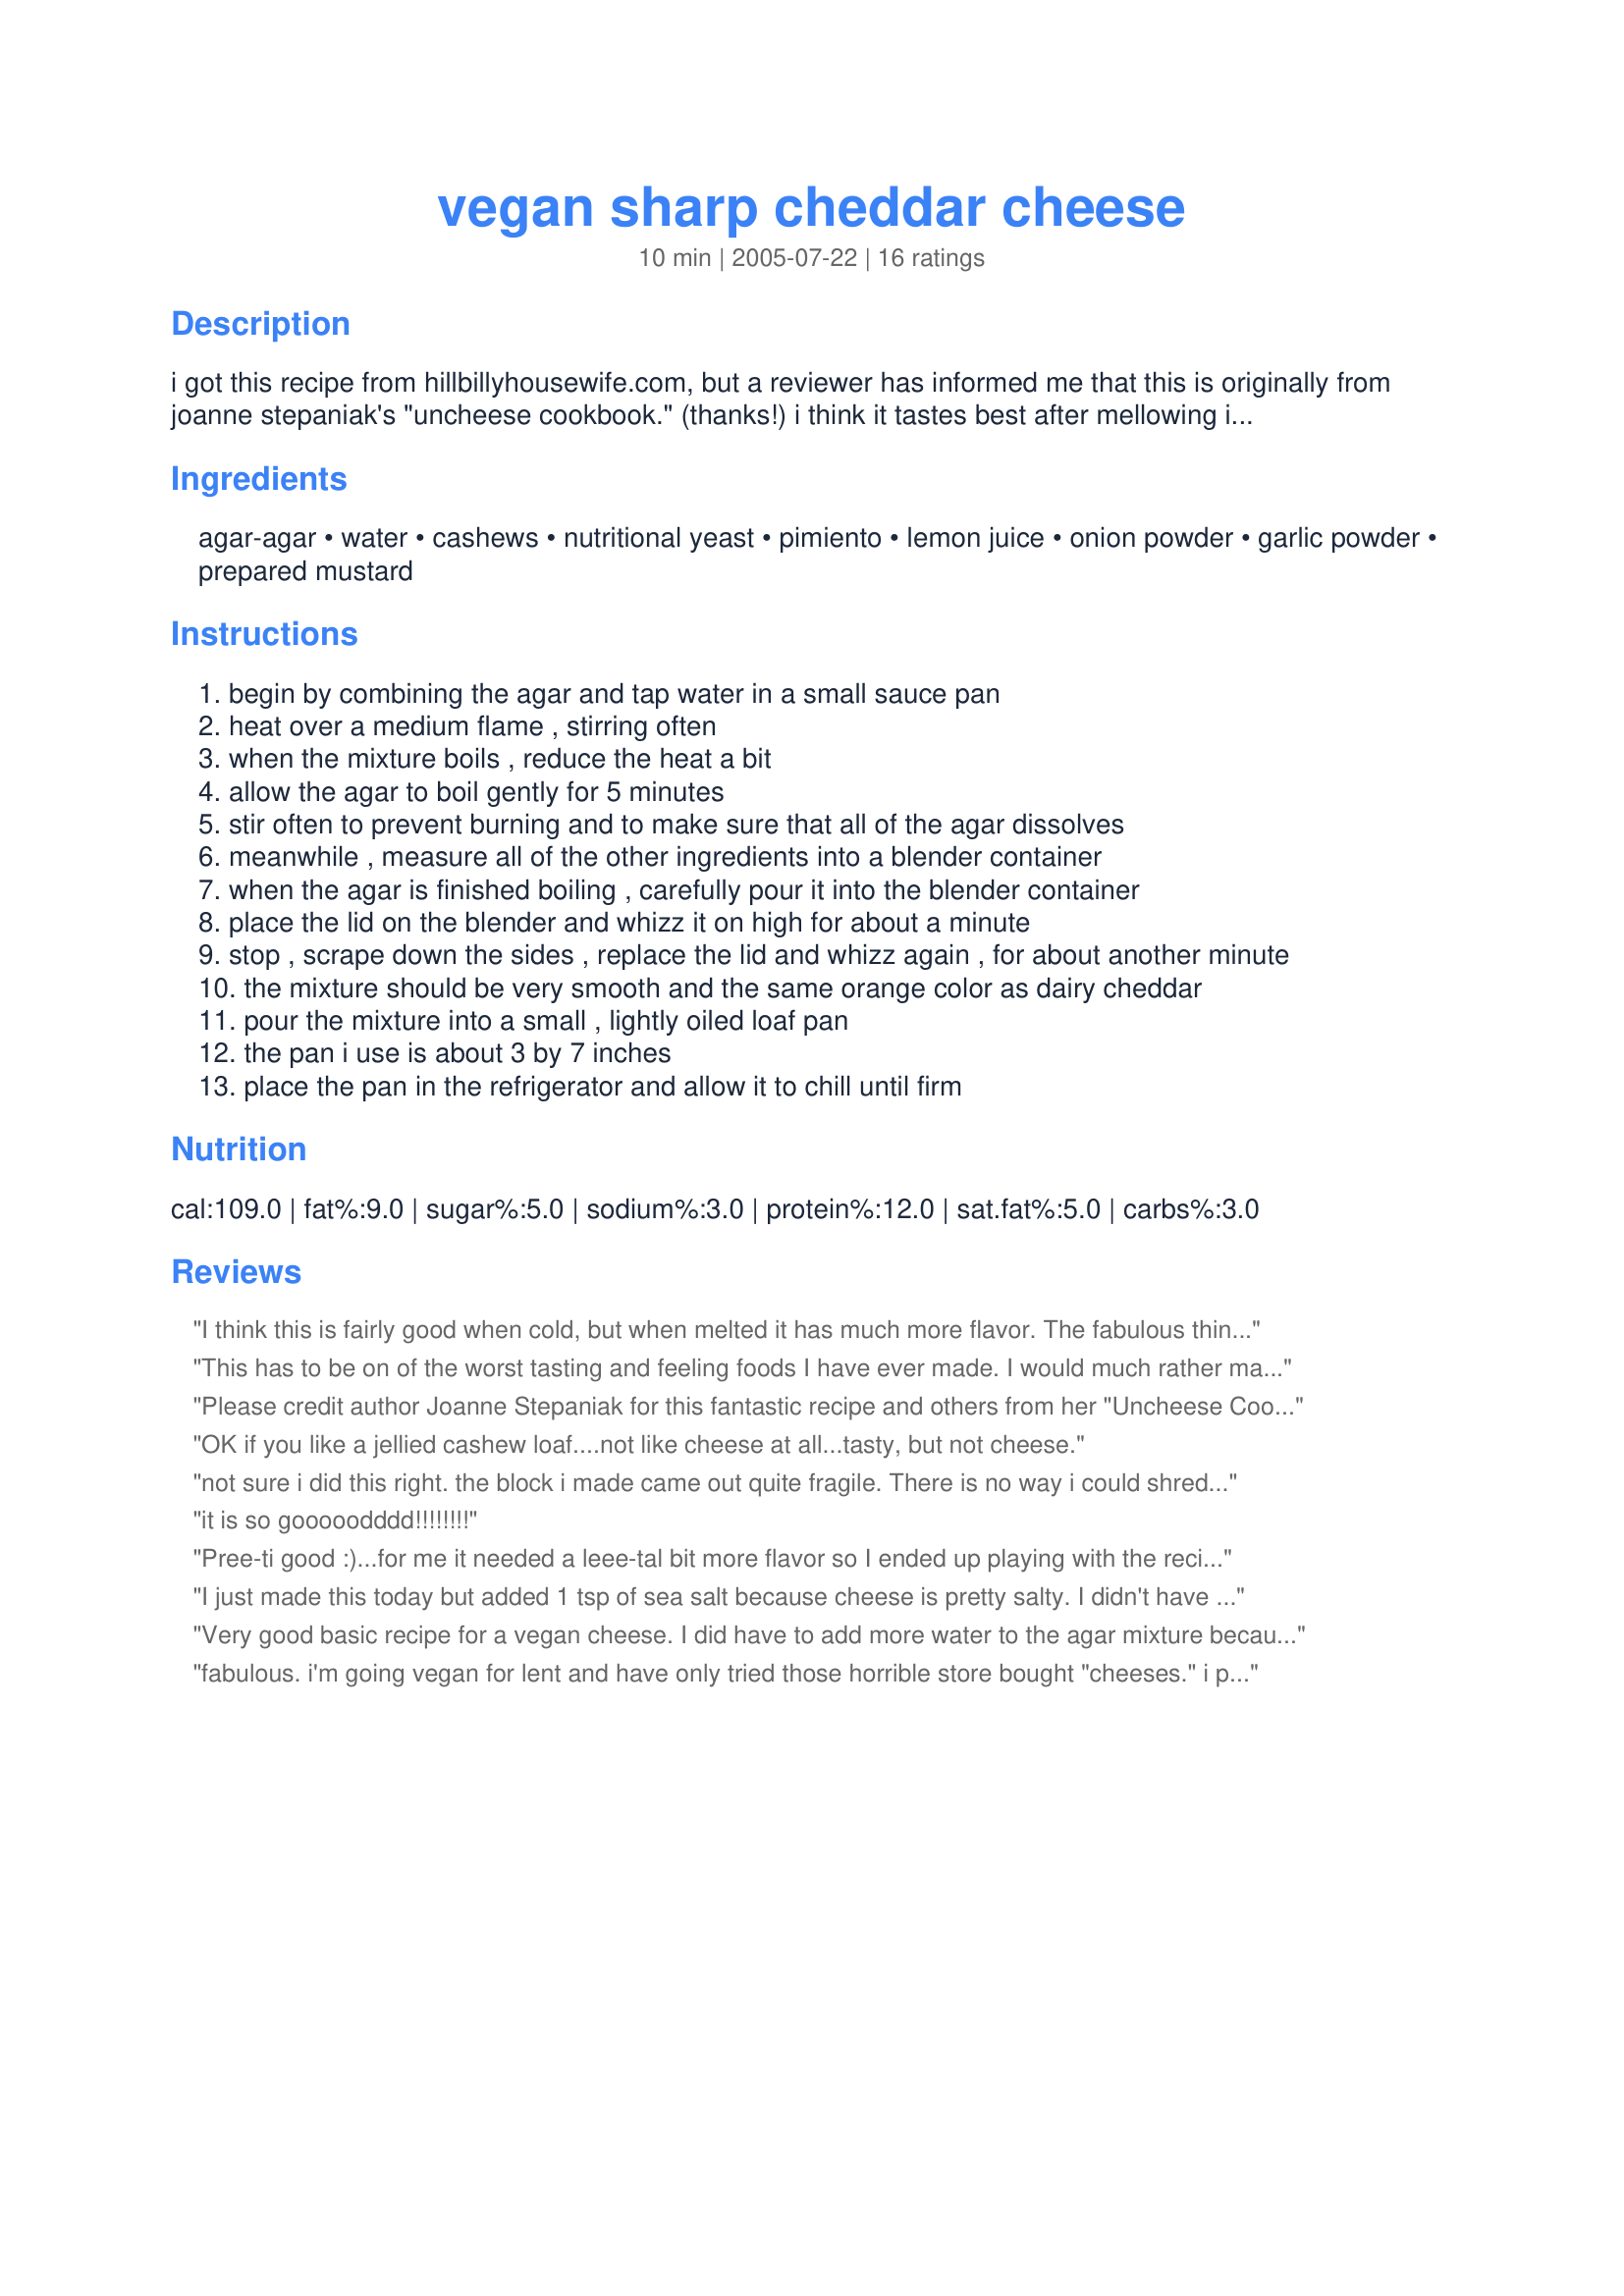
vegan sharp cheddar cheese
Preparation time: 10 minutes

i got this recipe from hillbillyhousewife.com, but a reviewer has informed me that this is originally from joanne stepaniak's "uncheese cookbook." (thanks!) i think it tastes best after mellowing in the fridge overnight. this "cheese" may be sliced thinly and used on sandwiches. it is magnificent with sliced tomatoes or fried tofu. it makes a decent grilled "cheese" sandwich, especially with some fake bacon. this recipe does not taste exactly like real dairy cheese. i think it tastes better than soy cheese though, and when you have been without dairy cheese for a while, this cheeze is remarkable satisfying. agar works just like gelatin. gelatin is made from animal bones and hooves. agar is made from sea vegetables. powdered agar can replace gelatin measure for measure. one tablespoon agar flakes is equal to 1 teaspoon powdered agar.

Ingredients:
agar-agar, water, cashews, nutritional yeast, pimiento, lemon juice, onion powder, garlic powder, prepared mustard

Steps:
begin by combining the agar and tap water in a small sauce pan
heat over a medium flame , stirring often
when the mixture boils , reduce the heat a bit
allow the agar to boil gently for 5 minutes
stir often to prevent burning and to make sure that all of the agar dissolves
meanwhile , measure all of the other ingredients into a blender container
when the agar is finished boiling , carefully pour it into the blender container
place the lid on the blender and whizz it on high for about a minute
stop , scrape down the sides , replace the lid and whizz again , for about another minute
the mixture should be very smooth and the same orange color as dairy cheddar
pour the mixture into a small , lightly oiled loaf pan
the pan i use is about 3 by 7 inches
place the pan in the refrigerator and allow it to chill until firm

Reviews:
I think this is fairly good when cold, but when melted it has much more flavor. The fabulous thing is that it actually melts like dairy cheese. Shreds like cheese too. I added 1/2 tsp. salt and think it can use even a bit more. Next time I make it I'll add an extra 1/4 tsp. All in all this is better than any of the commercial vegan cheeses on the market that I've found. It's easy to make too.
This has to be on of the worst tasting and feeling foods I have ever made. I would much rather make a cashew spread with nutritional yeast than have this strange hardened gelatin which has a sweet onion flavor that you can&#039;t get out of your mouth.
Please credit author Joanne Stepaniak for this fantastic recipe and others from her "Uncheese Cookbook."
OK if you like a jellied cashew loaf....not like cheese at all...tasty, but not cheese.
not sure i did this right. the block i made came out quite fragile. There is no way i could shred this. when i get it out of the fridge i have to be very gentle with it. I will say the flavour is amazing. I will try again but can anyone explain what I did wrong ? I am new to cooking vegan.
it is so gooooodddd!!!!!!!!
Pree-ti good :)...for me it needed a leee-tal bit more flavor so I ended up playing with the recipe...divided it into 4 portions and added hot spices to one, nuts and dried cranberries to 2 others and extra garlic, herbs and seeds to the last...poured them into little flower molds that had chopped nuts on the bottom to make them sort of like the "cheese log" typey thangs when they came out topped w/ them ='ed neat :)...served at a Christmas brunch and were a super hit...thanks
I just made this today but added 1 tsp of sea salt because cheese is pretty salty. I didn't have any pimentos or red bell pepper so I added some powdered turmeric for coloring. I just used it for my lunch recipe of cheddar cheese and jalepeno breadfruit patties with fresh tomatoes. Was my first time making breadfruit patties and first time making this cheddar chiz recipe, but not my last! Oh I also added some chili powder. Thank you!
Very good basic recipe for a vegan cheese. I did have to add more water to the agar mixture because it dried up quickly, but I think better at 1\2 cup as my cheese was more like Velveeta cheese in texture. I also used roasted sweet red peppers from a jar for the pimentoes, roasted garlic powder (added 1 tsp), Grey Poupon mustard for the mustard (which has both wine and spices in it), 1\2 tsp smoked paprika and 1\2 tsp salt, along with the other ingredients (3 Tblsp lemon juice). It ended up, with my additions, with a wonderful smoked peppery taste that was quite delicious! Also had the same orange color that cheddar cheeses have.
fabulous. i'm going vegan for lent and have only tried those horrible store bought "cheeses." i put more lemon, salt and 1 serrano pepper in mine for a kick. i only recently started using agar and i love it. also i put them in six heart chaped molds for a little extra cuteness.
Wow! My first attempt at making vegan cheese other than parmesan. Super in mexican cheese and jalapeno bread. My meat eater husband swore it was real cheese. I left out the garlic and onion as I did not have it, used a normal yellow pepper for pimento and added turmeric for colour.
This was a delight. For the orange color I used soaked sun dried tomatoes and a piece of red bell pepper. I also seasoned with Braggs Liquid Amino and Liquid Smoke flavoring. It tastes just like smoked cheese. I believe I added too much mustard, as it has a bit of a wasabi effect, but not bad. Thank you for sharing.
I am very pleased with the results. It's better than I had expected. I love regular daiy cheese, but am trying to cut back on eating it. I know that no vegan cheese is going to taste exactly like cheese, so I was expecting someting pretty different. This looks like cheese, and when melted on top of spicy foods really tastes quite good. I think that next time I make this, I will add some more flavorings such as some salt and some chili powder. This was also my first time using agar agar, and it is great. It sets up quite firm and the testure is good. Thanks!
Not bad at all and very easy, too!
I didn't use the pimento, but after reading the other reviews, I did ad in some cayenne pepper and about 1/4 tsp. dry ground mustard. They gave it a little "umph."
I've eaten it on organic corn rounds and it does taste good, although not like the real thing. It does, however, smell almost identical to extra sharp cheese!
I will continue to make and encourage others to give it a shot!
Is the nutritional yeast necessary, or can some other starchy filler be used?
This is good! Good on crackers, shreds well, makes a good addition to burritos... I followed the instructions but added about a teaspoon of salt. Tastes WAY better than any store bought stuff I've had.
